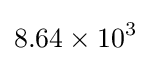
8.64\times 10^{3}